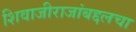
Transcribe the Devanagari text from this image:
शिवाजीराजांबद्दलचा